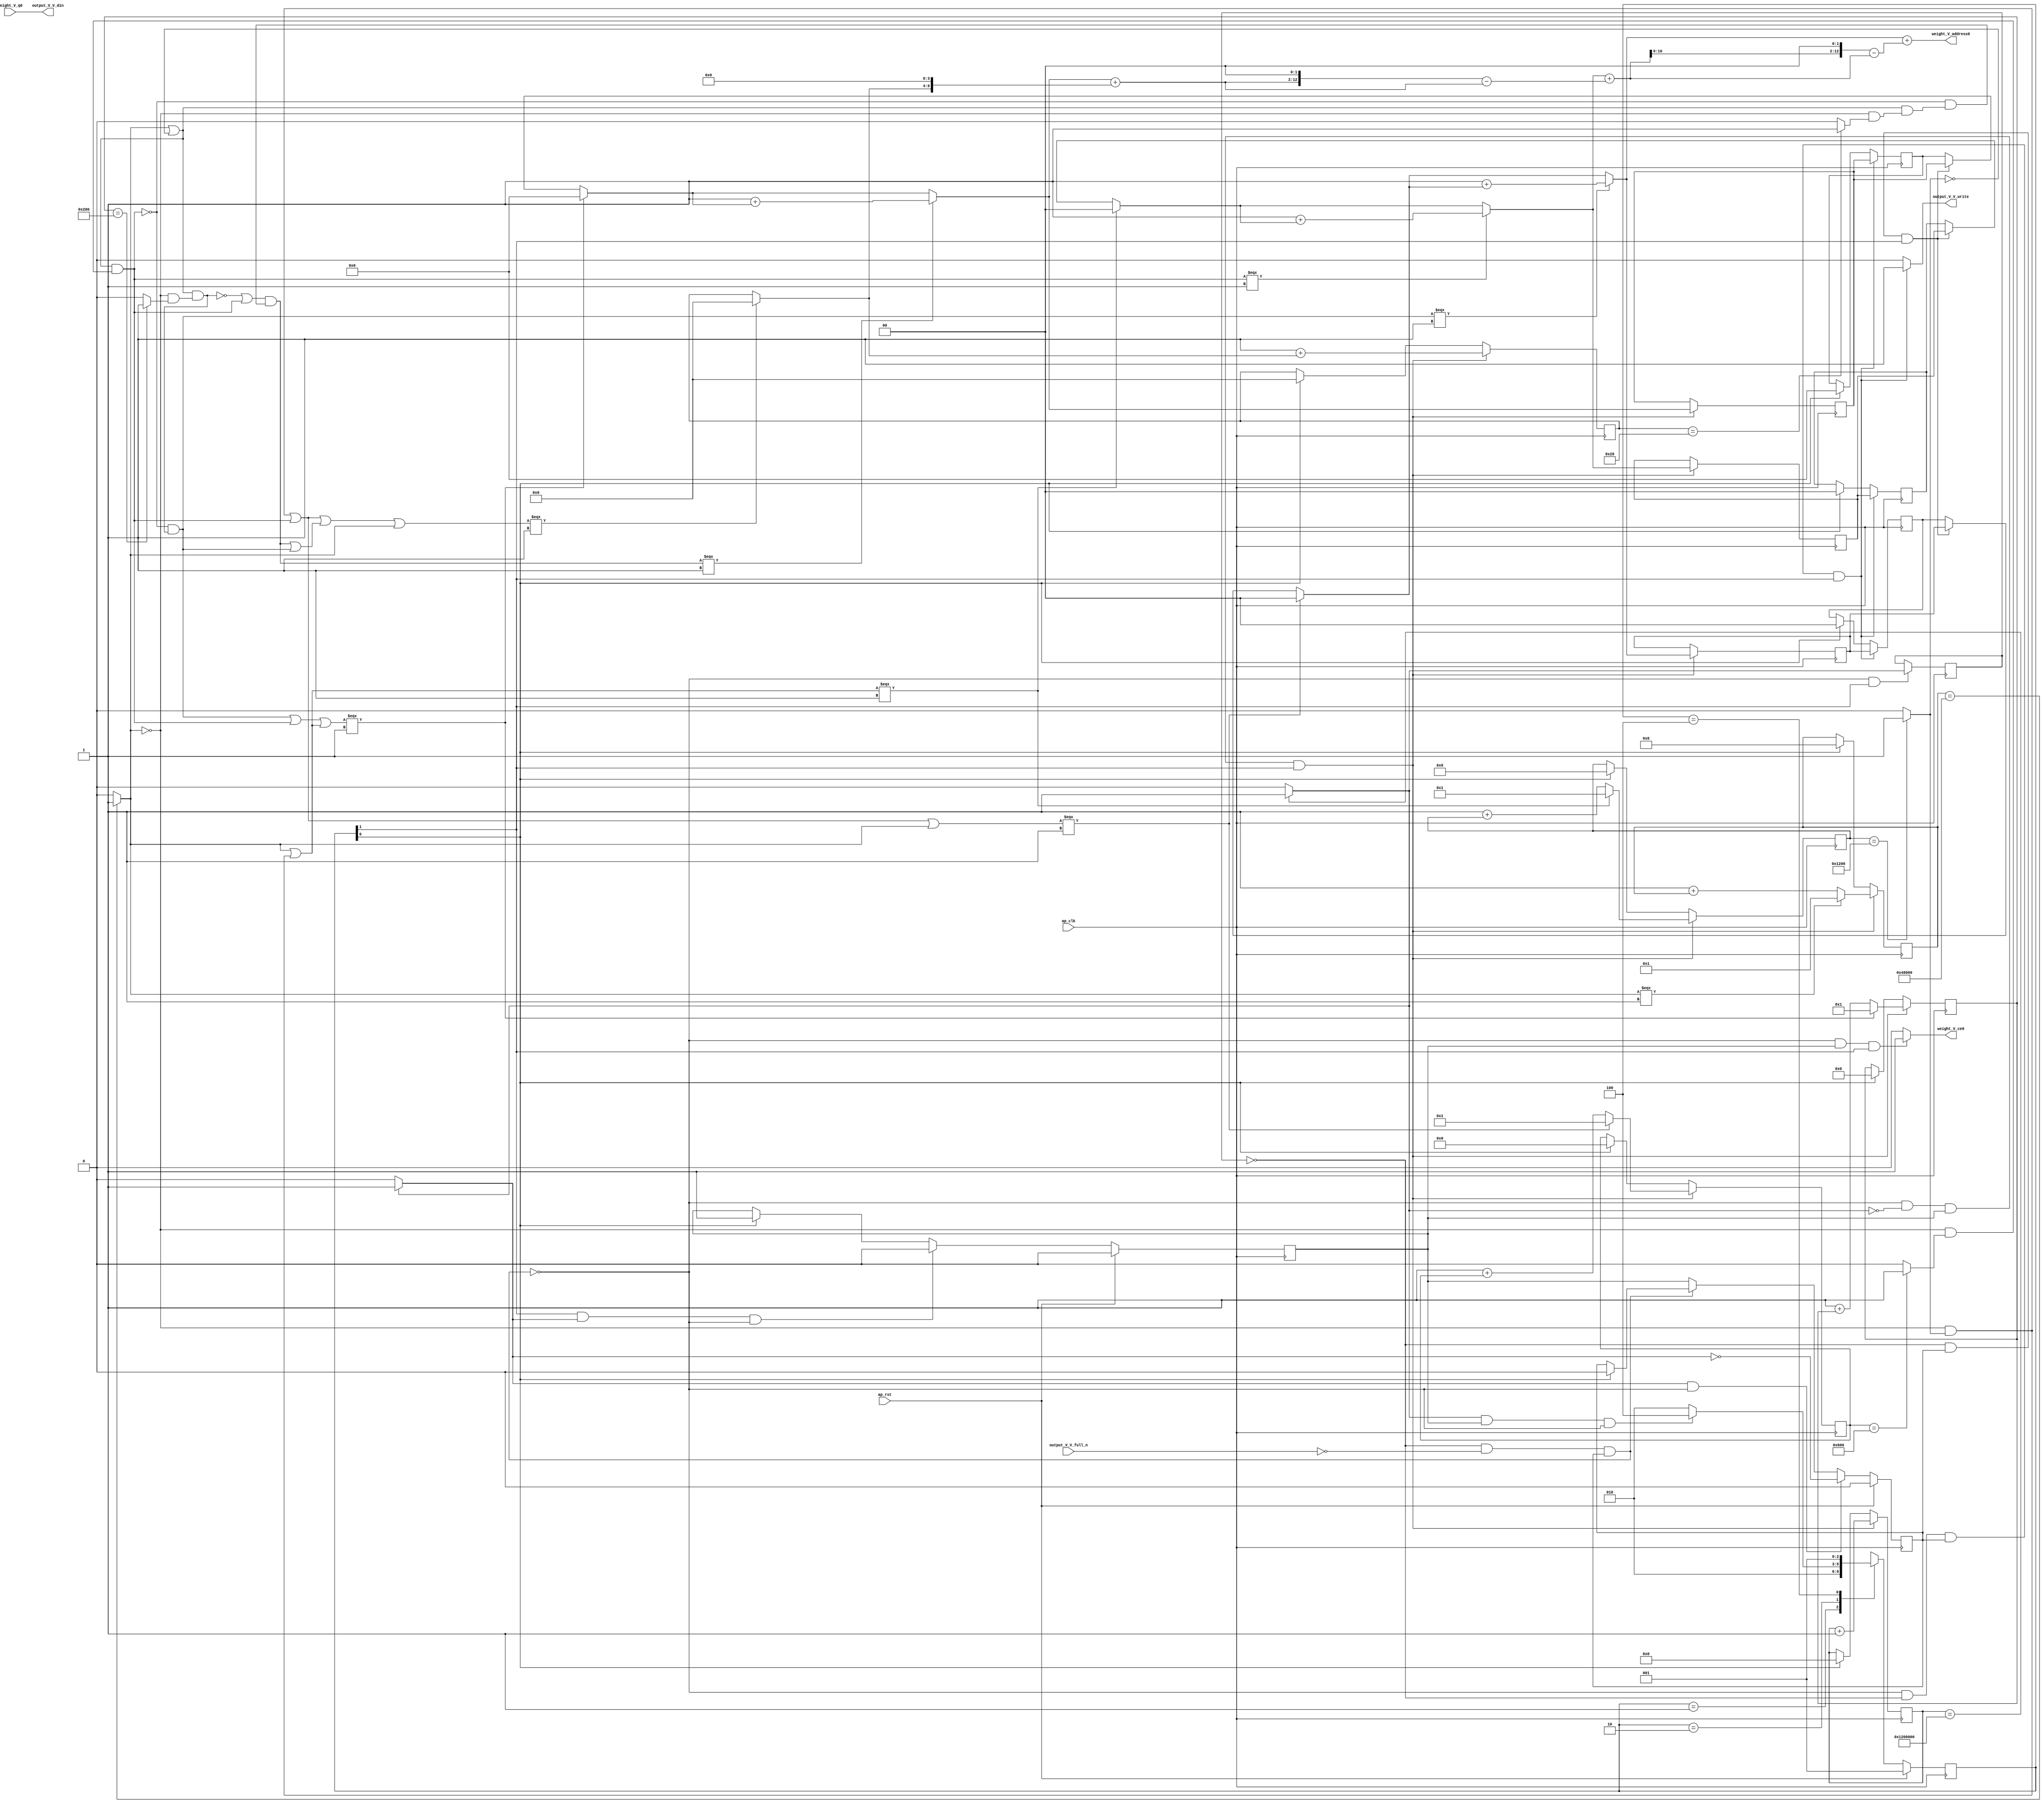
// ==============================================================
// RTL generated by Vivado(TM) HLS - High-Level Synthesis from C, C++ and SystemC
// Version: 2017.4
// Copyright (C) 1986-2017 Xilinx, Inc. All Rights Reserved.
// 
// ===========================================================

`timescale 1 ns / 1 ps 

(* CORE_GENERATION_INFO="weight_s_10,hls_ip_2017_4,{HLS_INPUT_TYPE=cxx,HLS_INPUT_FLOAT=0,HLS_INPUT_FIXED=1,HLS_INPUT_PART=xczu9eg-ffvb1156-2-e,HLS_INPUT_CLOCK=10.000000,HLS_INPUT_ARCH=others,HLS_SYN_CLOCK=8.513250,HLS_SYN_LAT=18874370,HLS_SYN_TPT=none,HLS_SYN_MEM=0,HLS_SYN_DSP=0,HLS_SYN_FF=111,HLS_SYN_LUT=829}" *)

module weight_s_10 (
        ap_clk,
        ap_rst,
        output_V_V_din,
        output_V_V_full_n,
        output_V_V_write,
        weight_V_address0,
        weight_V_ce0,
        weight_V_q0
);

parameter    ap_ST_fsm_state1 = 3'd1;
parameter    ap_ST_fsm_pp0_stage0 = 3'd2;
parameter    ap_ST_fsm_state4 = 3'd4;

input   ap_clk;
input   ap_rst;
output  [7:0] output_V_V_din;
input   output_V_V_full_n;
output   output_V_V_write;
output  [12:0] weight_V_address0;
output   weight_V_ce0;
input  [7:0] weight_V_q0;

reg output_V_V_write;
reg weight_V_ce0;

reg    output_V_V_blk_n;
(* fsm_encoding = "none" *) reg   [2:0] ap_CS_fsm;
wire    ap_CS_fsm_pp0_stage0;
reg    ap_enable_reg_pp0_iter1;
wire    ap_block_pp0_stage0;
reg   [0:0] exitcond_flatten4_reg_642;
reg   [24:0] indvar_flatten1_reg_130;
reg   [19:0] indvar_flatten2_reg_141;
reg   [12:0] indvar_flatten3_reg_152;
reg   [1:0] hkern_reg_163;
reg   [11:0] indvar_flatten4_reg_174;
reg   [1:0] wkern_reg_185;
reg   [10:0] indvar_flatten_reg_196;
reg   [4:0] pkern_reg_207;
reg   [5:0] pout_reg_218;
wire   [0:0] exitcond_flatten4_fu_229_p2;
wire    ap_block_state2_pp0_stage0_iter0;
reg    ap_block_state3_pp0_stage0_iter1;
reg    ap_block_pp0_stage0_11001;
wire   [24:0] indvar_flatten_next4_fu_235_p2;
reg    ap_enable_reg_pp0_iter0;
wire   [1:0] tmp_mid2_fu_371_p3;
reg   [1:0] tmp_mid2_reg_651;
wire   [1:0] tmp_2_mid2_fu_427_p3;
reg   [1:0] tmp_2_mid2_reg_656;
wire   [4:0] tmp_4_mid2_fu_489_p3;
reg   [4:0] tmp_4_mid2_reg_661;
wire   [5:0] pout_1_fu_580_p2;
wire   [10:0] indvar_flatten_next_fu_592_p3;
wire   [11:0] indvar_flatten_next1_fu_606_p3;
wire   [12:0] indvar_flatten_next2_fu_620_p3;
wire   [19:0] indvar_flatten_next3_fu_634_p3;
wire    ap_CS_fsm_state1;
reg    ap_block_pp0_stage0_subdone;
reg    ap_condition_pp0_exit_iter0_state2;
reg   [1:0] ap_phi_mux_hkern_phi_fu_167_p4;
reg   [1:0] ap_phi_mux_wkern_phi_fu_189_p4;
reg   [4:0] ap_phi_mux_pkern_phi_fu_211_p4;
wire   [63:0] tmp_22_cast_fu_575_p1;
reg    ap_block_pp0_stage0_01001;
wire   [0:0] exitcond_flatten_fu_241_p2;
wire   [0:0] exitcond_fu_253_p2;
wire   [0:0] not_exitcond_flatten_fu_247_p2;
wire   [0:0] exitcond_flatten1_fu_265_p2;
wire   [0:0] exitcond_flatten2_fu_277_p2;
wire   [0:0] exitcond_flatten3_fu_289_p2;
wire   [0:0] exitcond_flatten39_m_fu_295_p2;
wire   [0:0] tmp_3_fu_301_p2;
wire   [0:0] exitcond_flatten39_n_fu_315_p2;
wire   [0:0] exitcond_mid_fu_259_p2;
wire   [0:0] not_exitcond_flatten_1_fu_321_p2;
wire   [0:0] exitcond_flatten_mid_fu_271_p2;
wire   [0:0] exitcond_flatten15_m_fu_283_p2;
wire   [1:0] hkern_mid_fu_307_p3;
wire   [0:0] exitcond_flatten15_m_1_fu_339_p2;
wire   [0:0] tmp_8_fu_351_p2;
wire   [0:0] tmp_fu_357_p2;
wire   [1:0] hkern_1_fu_345_p2;
wire   [0:0] exitcond_mid1_fu_327_p2;
wire   [0:0] not_exitcond_flatten_2_fu_383_p2;
wire   [0:0] exitcond_flatten_mid_3_fu_333_p2;
wire   [1:0] wkern_mid1_fu_363_p3;
wire   [0:0] exitcond_flatten_mid_4_fu_395_p2;
wire   [0:0] tmp_s_fu_407_p2;
wire   [0:0] tmp_2_fu_413_p2;
wire   [1:0] wkern_1_fu_401_p2;
wire   [0:0] exitcond_flatten_mid_5_fu_439_p2;
wire   [0:0] exitcond_mid2_fu_389_p2;
wire   [0:0] not_exitcond_flatten_3_fu_445_p2;
wire   [4:0] pkern_mid1_fu_419_p3;
wire   [0:0] exitcond_mid3_fu_451_p2;
wire   [0:0] tmp_4_fu_463_p2;
wire   [0:0] tmp_5_fu_469_p2;
wire   [0:0] tmp_6_fu_475_p2;
wire   [4:0] pkern_1_fu_457_p2;
wire   [5:0] pout_mid2_fu_481_p3;
wire   [9:0] tmp_7_fu_501_p3;
wire   [10:0] tmp_4_mid2_cast_fu_497_p1;
wire   [10:0] tmp_15_cast_fu_509_p1;
wire   [10:0] tmp_9_fu_513_p2;
wire   [12:0] tmp_10_fu_523_p3;
wire   [63:0] p_shl9_fu_531_p1;
wire   [63:0] tmp_16_cast_fu_519_p1;
wire   [63:0] tmp_mid2_cast_fu_379_p1;
wire   [63:0] tmp_11_fu_535_p2;
wire   [63:0] tmp_12_fu_541_p2;
wire   [11:0] tmp_14_fu_551_p1;
wire   [13:0] p_shl_cast_fu_555_p3;
wire   [13:0] tmp_13_fu_547_p1;
wire   [13:0] tmp_2_mid2_cast_fu_435_p1;
wire   [13:0] tmp_15_fu_563_p2;
wire   [13:0] tmp_16_fu_569_p2;
wire   [10:0] indvar_flatten_op_fu_586_p2;
wire   [11:0] indvar_flatten13_op_fu_600_p2;
wire   [12:0] indvar_flatten37_op_fu_614_p2;
wire   [19:0] indvar_flatten71_op_fu_628_p2;
reg   [2:0] ap_NS_fsm;
reg    ap_idle_pp0;
wire    ap_enable_pp0;

// power-on initialization
initial begin
#0 ap_CS_fsm = 3'd1;
#0 ap_enable_reg_pp0_iter1 = 1'b0;
#0 ap_enable_reg_pp0_iter0 = 1'b0;
end

always @ (posedge ap_clk) begin
    if (ap_rst == 1'b1) begin
        ap_CS_fsm <= ap_ST_fsm_state1;
    end else begin
        ap_CS_fsm <= ap_NS_fsm;
    end
end

always @ (posedge ap_clk) begin
    if (ap_rst == 1'b1) begin
        ap_enable_reg_pp0_iter0 <= 1'b0;
    end else begin
        if (((1'b1 == ap_CS_fsm_pp0_stage0) & (1'b1 == ap_condition_pp0_exit_iter0_state2) & (1'b0 == ap_block_pp0_stage0_subdone))) begin
            ap_enable_reg_pp0_iter0 <= 1'b0;
        end else if ((1'b1 == ap_CS_fsm_state1)) begin
            ap_enable_reg_pp0_iter0 <= 1'b1;
        end
    end
end

always @ (posedge ap_clk) begin
    if (ap_rst == 1'b1) begin
        ap_enable_reg_pp0_iter1 <= 1'b0;
    end else begin
        if (((1'b1 == ap_condition_pp0_exit_iter0_state2) & (1'b0 == ap_block_pp0_stage0_subdone))) begin
            ap_enable_reg_pp0_iter1 <= (1'b1 ^ ap_condition_pp0_exit_iter0_state2);
        end else if ((1'b0 == ap_block_pp0_stage0_subdone)) begin
            ap_enable_reg_pp0_iter1 <= ap_enable_reg_pp0_iter0;
        end else if ((1'b1 == ap_CS_fsm_state1)) begin
            ap_enable_reg_pp0_iter1 <= 1'b0;
        end
    end
end

always @ (posedge ap_clk) begin
    if (((1'b0 == ap_block_pp0_stage0_11001) & (exitcond_flatten4_reg_642 == 1'd0) & (ap_enable_reg_pp0_iter1 == 1'b1) & (1'b1 == ap_CS_fsm_pp0_stage0))) begin
        hkern_reg_163 <= tmp_mid2_reg_651;
    end else if ((1'b1 == ap_CS_fsm_state1)) begin
        hkern_reg_163 <= 2'd0;
    end
end

always @ (posedge ap_clk) begin
    if (((1'b0 == ap_block_pp0_stage0_11001) & (exitcond_flatten4_fu_229_p2 == 1'd0) & (ap_enable_reg_pp0_iter0 == 1'b1) & (1'b1 == ap_CS_fsm_pp0_stage0))) begin
        indvar_flatten1_reg_130 <= indvar_flatten_next4_fu_235_p2;
    end else if ((1'b1 == ap_CS_fsm_state1)) begin
        indvar_flatten1_reg_130 <= 25'd0;
    end
end

always @ (posedge ap_clk) begin
    if (((1'b0 == ap_block_pp0_stage0_11001) & (exitcond_flatten4_fu_229_p2 == 1'd0) & (ap_enable_reg_pp0_iter0 == 1'b1) & (1'b1 == ap_CS_fsm_pp0_stage0))) begin
        indvar_flatten2_reg_141 <= indvar_flatten_next3_fu_634_p3;
    end else if ((1'b1 == ap_CS_fsm_state1)) begin
        indvar_flatten2_reg_141 <= 20'd0;
    end
end

always @ (posedge ap_clk) begin
    if (((1'b0 == ap_block_pp0_stage0_11001) & (exitcond_flatten4_fu_229_p2 == 1'd0) & (ap_enable_reg_pp0_iter0 == 1'b1) & (1'b1 == ap_CS_fsm_pp0_stage0))) begin
        indvar_flatten3_reg_152 <= indvar_flatten_next2_fu_620_p3;
    end else if ((1'b1 == ap_CS_fsm_state1)) begin
        indvar_flatten3_reg_152 <= 13'd0;
    end
end

always @ (posedge ap_clk) begin
    if (((1'b0 == ap_block_pp0_stage0_11001) & (exitcond_flatten4_fu_229_p2 == 1'd0) & (ap_enable_reg_pp0_iter0 == 1'b1) & (1'b1 == ap_CS_fsm_pp0_stage0))) begin
        indvar_flatten4_reg_174 <= indvar_flatten_next1_fu_606_p3;
    end else if ((1'b1 == ap_CS_fsm_state1)) begin
        indvar_flatten4_reg_174 <= 12'd0;
    end
end

always @ (posedge ap_clk) begin
    if (((1'b0 == ap_block_pp0_stage0_11001) & (exitcond_flatten4_fu_229_p2 == 1'd0) & (ap_enable_reg_pp0_iter0 == 1'b1) & (1'b1 == ap_CS_fsm_pp0_stage0))) begin
        indvar_flatten_reg_196 <= indvar_flatten_next_fu_592_p3;
    end else if ((1'b1 == ap_CS_fsm_state1)) begin
        indvar_flatten_reg_196 <= 11'd0;
    end
end

always @ (posedge ap_clk) begin
    if (((1'b0 == ap_block_pp0_stage0_11001) & (exitcond_flatten4_reg_642 == 1'd0) & (ap_enable_reg_pp0_iter1 == 1'b1) & (1'b1 == ap_CS_fsm_pp0_stage0))) begin
        pkern_reg_207 <= tmp_4_mid2_reg_661;
    end else if ((1'b1 == ap_CS_fsm_state1)) begin
        pkern_reg_207 <= 5'd0;
    end
end

always @ (posedge ap_clk) begin
    if (((1'b0 == ap_block_pp0_stage0_11001) & (exitcond_flatten4_fu_229_p2 == 1'd0) & (ap_enable_reg_pp0_iter0 == 1'b1) & (1'b1 == ap_CS_fsm_pp0_stage0))) begin
        pout_reg_218 <= pout_1_fu_580_p2;
    end else if ((1'b1 == ap_CS_fsm_state1)) begin
        pout_reg_218 <= 6'd0;
    end
end

always @ (posedge ap_clk) begin
    if (((1'b0 == ap_block_pp0_stage0_11001) & (exitcond_flatten4_reg_642 == 1'd0) & (ap_enable_reg_pp0_iter1 == 1'b1) & (1'b1 == ap_CS_fsm_pp0_stage0))) begin
        wkern_reg_185 <= tmp_2_mid2_reg_656;
    end else if ((1'b1 == ap_CS_fsm_state1)) begin
        wkern_reg_185 <= 2'd0;
    end
end

always @ (posedge ap_clk) begin
    if (((1'b0 == ap_block_pp0_stage0_11001) & (1'b1 == ap_CS_fsm_pp0_stage0))) begin
        exitcond_flatten4_reg_642 <= exitcond_flatten4_fu_229_p2;
    end
end

always @ (posedge ap_clk) begin
    if (((1'b0 == ap_block_pp0_stage0_11001) & (exitcond_flatten4_fu_229_p2 == 1'd0) & (ap_enable_reg_pp0_iter0 == 1'b1) & (1'b1 == ap_CS_fsm_pp0_stage0))) begin
        tmp_2_mid2_reg_656 <= tmp_2_mid2_fu_427_p3;
        tmp_4_mid2_reg_661 <= tmp_4_mid2_fu_489_p3;
        tmp_mid2_reg_651 <= tmp_mid2_fu_371_p3;
    end
end

always @ (*) begin
    if ((exitcond_flatten4_fu_229_p2 == 1'd1)) begin
        ap_condition_pp0_exit_iter0_state2 = 1'b1;
    end else begin
        ap_condition_pp0_exit_iter0_state2 = 1'b0;
    end
end

always @ (*) begin
    if (((ap_enable_reg_pp0_iter0 == 1'b0) & (ap_enable_reg_pp0_iter1 == 1'b0))) begin
        ap_idle_pp0 = 1'b1;
    end else begin
        ap_idle_pp0 = 1'b0;
    end
end

always @ (*) begin
    if (((exitcond_flatten4_reg_642 == 1'd0) & (1'b0 == ap_block_pp0_stage0) & (ap_enable_reg_pp0_iter1 == 1'b1) & (1'b1 == ap_CS_fsm_pp0_stage0))) begin
        ap_phi_mux_hkern_phi_fu_167_p4 = tmp_mid2_reg_651;
    end else begin
        ap_phi_mux_hkern_phi_fu_167_p4 = hkern_reg_163;
    end
end

always @ (*) begin
    if (((exitcond_flatten4_reg_642 == 1'd0) & (1'b0 == ap_block_pp0_stage0) & (ap_enable_reg_pp0_iter1 == 1'b1) & (1'b1 == ap_CS_fsm_pp0_stage0))) begin
        ap_phi_mux_pkern_phi_fu_211_p4 = tmp_4_mid2_reg_661;
    end else begin
        ap_phi_mux_pkern_phi_fu_211_p4 = pkern_reg_207;
    end
end

always @ (*) begin
    if (((exitcond_flatten4_reg_642 == 1'd0) & (1'b0 == ap_block_pp0_stage0) & (ap_enable_reg_pp0_iter1 == 1'b1) & (1'b1 == ap_CS_fsm_pp0_stage0))) begin
        ap_phi_mux_wkern_phi_fu_189_p4 = tmp_2_mid2_reg_656;
    end else begin
        ap_phi_mux_wkern_phi_fu_189_p4 = wkern_reg_185;
    end
end

always @ (*) begin
    if (((exitcond_flatten4_reg_642 == 1'd0) & (1'b0 == ap_block_pp0_stage0) & (ap_enable_reg_pp0_iter1 == 1'b1) & (1'b1 == ap_CS_fsm_pp0_stage0))) begin
        output_V_V_blk_n = output_V_V_full_n;
    end else begin
        output_V_V_blk_n = 1'b1;
    end
end

always @ (*) begin
    if (((1'b0 == ap_block_pp0_stage0_11001) & (exitcond_flatten4_reg_642 == 1'd0) & (ap_enable_reg_pp0_iter1 == 1'b1) & (1'b1 == ap_CS_fsm_pp0_stage0))) begin
        output_V_V_write = 1'b1;
    end else begin
        output_V_V_write = 1'b0;
    end
end

always @ (*) begin
    if (((1'b0 == ap_block_pp0_stage0_11001) & (ap_enable_reg_pp0_iter0 == 1'b1) & (1'b1 == ap_CS_fsm_pp0_stage0))) begin
        weight_V_ce0 = 1'b1;
    end else begin
        weight_V_ce0 = 1'b0;
    end
end

always @ (*) begin
    case (ap_CS_fsm)
        ap_ST_fsm_state1 : begin
            ap_NS_fsm = ap_ST_fsm_pp0_stage0;
        end
        ap_ST_fsm_pp0_stage0 : begin
            if (~((exitcond_flatten4_fu_229_p2 == 1'd1) & (ap_enable_reg_pp0_iter0 == 1'b1) & (1'b0 == ap_block_pp0_stage0_subdone))) begin
                ap_NS_fsm = ap_ST_fsm_pp0_stage0;
            end else if (((exitcond_flatten4_fu_229_p2 == 1'd1) & (ap_enable_reg_pp0_iter0 == 1'b1) & (1'b0 == ap_block_pp0_stage0_subdone))) begin
                ap_NS_fsm = ap_ST_fsm_state4;
            end else begin
                ap_NS_fsm = ap_ST_fsm_pp0_stage0;
            end
        end
        ap_ST_fsm_state4 : begin
            ap_NS_fsm = ap_ST_fsm_state1;
        end
        default : begin
            ap_NS_fsm = 'bx;
        end
    endcase
end

assign ap_CS_fsm_pp0_stage0 = ap_CS_fsm[32'd1];

assign ap_CS_fsm_state1 = ap_CS_fsm[32'd0];

assign ap_block_pp0_stage0 = ~(1'b1 == 1'b1);

always @ (*) begin
    ap_block_pp0_stage0_01001 = ((exitcond_flatten4_reg_642 == 1'd0) & (output_V_V_full_n == 1'b0) & (ap_enable_reg_pp0_iter1 == 1'b1));
end

always @ (*) begin
    ap_block_pp0_stage0_11001 = ((exitcond_flatten4_reg_642 == 1'd0) & (output_V_V_full_n == 1'b0) & (ap_enable_reg_pp0_iter1 == 1'b1));
end

always @ (*) begin
    ap_block_pp0_stage0_subdone = ((exitcond_flatten4_reg_642 == 1'd0) & (output_V_V_full_n == 1'b0) & (ap_enable_reg_pp0_iter1 == 1'b1));
end

assign ap_block_state2_pp0_stage0_iter0 = ~(1'b1 == 1'b1);

always @ (*) begin
    ap_block_state3_pp0_stage0_iter1 = ((exitcond_flatten4_reg_642 == 1'd0) & (output_V_V_full_n == 1'b0));
end

assign ap_enable_pp0 = (ap_idle_pp0 ^ 1'b1);

assign exitcond_flatten15_m_1_fu_339_p2 = (not_exitcond_flatten_1_fu_321_p2 & exitcond_flatten15_m_fu_283_p2);

assign exitcond_flatten15_m_fu_283_p2 = (not_exitcond_flatten_fu_247_p2 & exitcond_flatten2_fu_277_p2);

assign exitcond_flatten1_fu_265_p2 = ((indvar_flatten_reg_196 == 11'd512) ? 1'b1 : 1'b0);

assign exitcond_flatten2_fu_277_p2 = ((indvar_flatten4_reg_174 == 12'd1536) ? 1'b1 : 1'b0);

assign exitcond_flatten39_m_fu_295_p2 = (not_exitcond_flatten_fu_247_p2 & exitcond_flatten3_fu_289_p2);

assign exitcond_flatten39_n_fu_315_p2 = (exitcond_flatten3_fu_289_p2 ^ 1'd1);

assign exitcond_flatten3_fu_289_p2 = ((indvar_flatten3_reg_152 == 13'd4608) ? 1'b1 : 1'b0);

assign exitcond_flatten4_fu_229_p2 = ((indvar_flatten1_reg_130 == 25'd18874368) ? 1'b1 : 1'b0);

assign exitcond_flatten_fu_241_p2 = ((indvar_flatten2_reg_141 == 20'd294912) ? 1'b1 : 1'b0);

assign exitcond_flatten_mid_3_fu_333_p2 = (not_exitcond_flatten_1_fu_321_p2 & exitcond_flatten_mid_fu_271_p2);

assign exitcond_flatten_mid_4_fu_395_p2 = (not_exitcond_flatten_2_fu_383_p2 & exitcond_flatten_mid_3_fu_333_p2);

assign exitcond_flatten_mid_5_fu_439_p2 = (exitcond_flatten_mid_3_fu_333_p2 ^ 1'd1);

assign exitcond_flatten_mid_fu_271_p2 = (not_exitcond_flatten_fu_247_p2 & exitcond_flatten1_fu_265_p2);

assign exitcond_fu_253_p2 = ((pout_reg_218 == 6'd32) ? 1'b1 : 1'b0);

assign exitcond_mid1_fu_327_p2 = (not_exitcond_flatten_1_fu_321_p2 & exitcond_mid_fu_259_p2);

assign exitcond_mid2_fu_389_p2 = (not_exitcond_flatten_2_fu_383_p2 & exitcond_mid1_fu_327_p2);

assign exitcond_mid3_fu_451_p2 = (not_exitcond_flatten_3_fu_445_p2 & exitcond_mid2_fu_389_p2);

assign exitcond_mid_fu_259_p2 = (not_exitcond_flatten_fu_247_p2 & exitcond_fu_253_p2);

assign hkern_1_fu_345_p2 = (2'd1 + hkern_mid_fu_307_p3);

assign hkern_mid_fu_307_p3 = ((tmp_3_fu_301_p2[0:0] === 1'b1) ? 2'd0 : ap_phi_mux_hkern_phi_fu_167_p4);

assign indvar_flatten13_op_fu_600_p2 = (12'd1 + indvar_flatten4_reg_174);

assign indvar_flatten37_op_fu_614_p2 = (13'd1 + indvar_flatten3_reg_152);

assign indvar_flatten71_op_fu_628_p2 = (20'd1 + indvar_flatten2_reg_141);

assign indvar_flatten_next1_fu_606_p3 = ((tmp_fu_357_p2[0:0] === 1'b1) ? 12'd1 : indvar_flatten13_op_fu_600_p2);

assign indvar_flatten_next2_fu_620_p3 = ((tmp_3_fu_301_p2[0:0] === 1'b1) ? 13'd1 : indvar_flatten37_op_fu_614_p2);

assign indvar_flatten_next3_fu_634_p3 = ((exitcond_flatten_fu_241_p2[0:0] === 1'b1) ? 20'd1 : indvar_flatten71_op_fu_628_p2);

assign indvar_flatten_next4_fu_235_p2 = (indvar_flatten1_reg_130 + 25'd1);

assign indvar_flatten_next_fu_592_p3 = ((tmp_2_fu_413_p2[0:0] === 1'b1) ? 11'd1 : indvar_flatten_op_fu_586_p2);

assign indvar_flatten_op_fu_586_p2 = (11'd1 + indvar_flatten_reg_196);

assign not_exitcond_flatten_1_fu_321_p2 = (exitcond_flatten_fu_241_p2 | exitcond_flatten39_n_fu_315_p2);

assign not_exitcond_flatten_2_fu_383_p2 = (exitcond_flatten15_m_1_fu_339_p2 ^ 1'd1);

assign not_exitcond_flatten_3_fu_445_p2 = (exitcond_flatten_mid_5_fu_439_p2 | exitcond_flatten15_m_1_fu_339_p2);

assign not_exitcond_flatten_fu_247_p2 = (exitcond_flatten_fu_241_p2 ^ 1'd1);

assign output_V_V_din = weight_V_q0;

assign p_shl9_fu_531_p1 = tmp_10_fu_523_p3;

assign p_shl_cast_fu_555_p3 = {{tmp_14_fu_551_p1}, {2'd0}};

assign pkern_1_fu_457_p2 = (5'd1 + pkern_mid1_fu_419_p3);

assign pkern_mid1_fu_419_p3 = ((tmp_2_fu_413_p2[0:0] === 1'b1) ? 5'd0 : ap_phi_mux_pkern_phi_fu_211_p4);

assign pout_1_fu_580_p2 = (6'd1 + pout_mid2_fu_481_p3);

assign pout_mid2_fu_481_p3 = ((tmp_6_fu_475_p2[0:0] === 1'b1) ? 6'd0 : pout_reg_218);

assign tmp_10_fu_523_p3 = {{tmp_9_fu_513_p2}, {2'd0}};

assign tmp_11_fu_535_p2 = (p_shl9_fu_531_p1 - tmp_16_cast_fu_519_p1);

assign tmp_12_fu_541_p2 = (tmp_mid2_cast_fu_379_p1 + tmp_11_fu_535_p2);

assign tmp_13_fu_547_p1 = tmp_12_fu_541_p2[13:0];

assign tmp_14_fu_551_p1 = tmp_12_fu_541_p2[11:0];

assign tmp_15_cast_fu_509_p1 = tmp_7_fu_501_p3;

assign tmp_15_fu_563_p2 = (p_shl_cast_fu_555_p3 - tmp_13_fu_547_p1);

assign tmp_16_cast_fu_519_p1 = tmp_9_fu_513_p2;

assign tmp_16_fu_569_p2 = (tmp_2_mid2_cast_fu_435_p1 + tmp_15_fu_563_p2);

assign tmp_22_cast_fu_575_p1 = tmp_16_fu_569_p2;

assign tmp_2_fu_413_p2 = (tmp_s_fu_407_p2 | tmp_3_fu_301_p2);

assign tmp_2_mid2_cast_fu_435_p1 = tmp_2_mid2_fu_427_p3;

assign tmp_2_mid2_fu_427_p3 = ((exitcond_flatten_mid_4_fu_395_p2[0:0] === 1'b1) ? wkern_1_fu_401_p2 : wkern_mid1_fu_363_p3);

assign tmp_3_fu_301_p2 = (exitcond_flatten_fu_241_p2 | exitcond_flatten39_m_fu_295_p2);

assign tmp_4_fu_463_p2 = (exitcond_mid3_fu_451_p2 | exitcond_flatten_mid_4_fu_395_p2);

assign tmp_4_mid2_cast_fu_497_p1 = tmp_4_mid2_fu_489_p3;

assign tmp_4_mid2_fu_489_p3 = ((exitcond_mid3_fu_451_p2[0:0] === 1'b1) ? pkern_1_fu_457_p2 : pkern_mid1_fu_419_p3);

assign tmp_5_fu_469_p2 = (tmp_8_fu_351_p2 | tmp_4_fu_463_p2);

assign tmp_6_fu_475_p2 = (tmp_5_fu_469_p2 | exitcond_flatten_fu_241_p2);

assign tmp_7_fu_501_p3 = {{pout_mid2_fu_481_p3}, {4'd0}};

assign tmp_8_fu_351_p2 = (exitcond_flatten39_m_fu_295_p2 | exitcond_flatten15_m_1_fu_339_p2);

assign tmp_9_fu_513_p2 = (tmp_4_mid2_cast_fu_497_p1 + tmp_15_cast_fu_509_p1);

assign tmp_fu_357_p2 = (tmp_8_fu_351_p2 | exitcond_flatten_fu_241_p2);

assign tmp_mid2_cast_fu_379_p1 = tmp_mid2_fu_371_p3;

assign tmp_mid2_fu_371_p3 = ((exitcond_flatten15_m_1_fu_339_p2[0:0] === 1'b1) ? hkern_1_fu_345_p2 : hkern_mid_fu_307_p3);

assign tmp_s_fu_407_p2 = (exitcond_flatten_mid_4_fu_395_p2 | exitcond_flatten15_m_1_fu_339_p2);

assign weight_V_address0 = tmp_22_cast_fu_575_p1;

assign wkern_1_fu_401_p2 = (2'd1 + wkern_mid1_fu_363_p3);

assign wkern_mid1_fu_363_p3 = ((tmp_fu_357_p2[0:0] === 1'b1) ? 2'd0 : ap_phi_mux_wkern_phi_fu_189_p4);

endmodule //weight_s_10